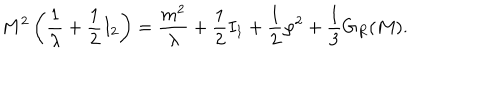
M ^ { 2 } \left( \frac { 1 } { \lambda } + \frac { 1 } { 2 } I _ { 2 } \right) = \frac { m ^ { 2 } } { \lambda } + \frac { 1 } { 2 } I _ { 1 } + \frac { 1 } { 2 } \varphi ^ { 2 } + \frac { 1 } { 3 } G _ { R } ( M ) .